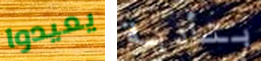
يعيدوا بتأدية